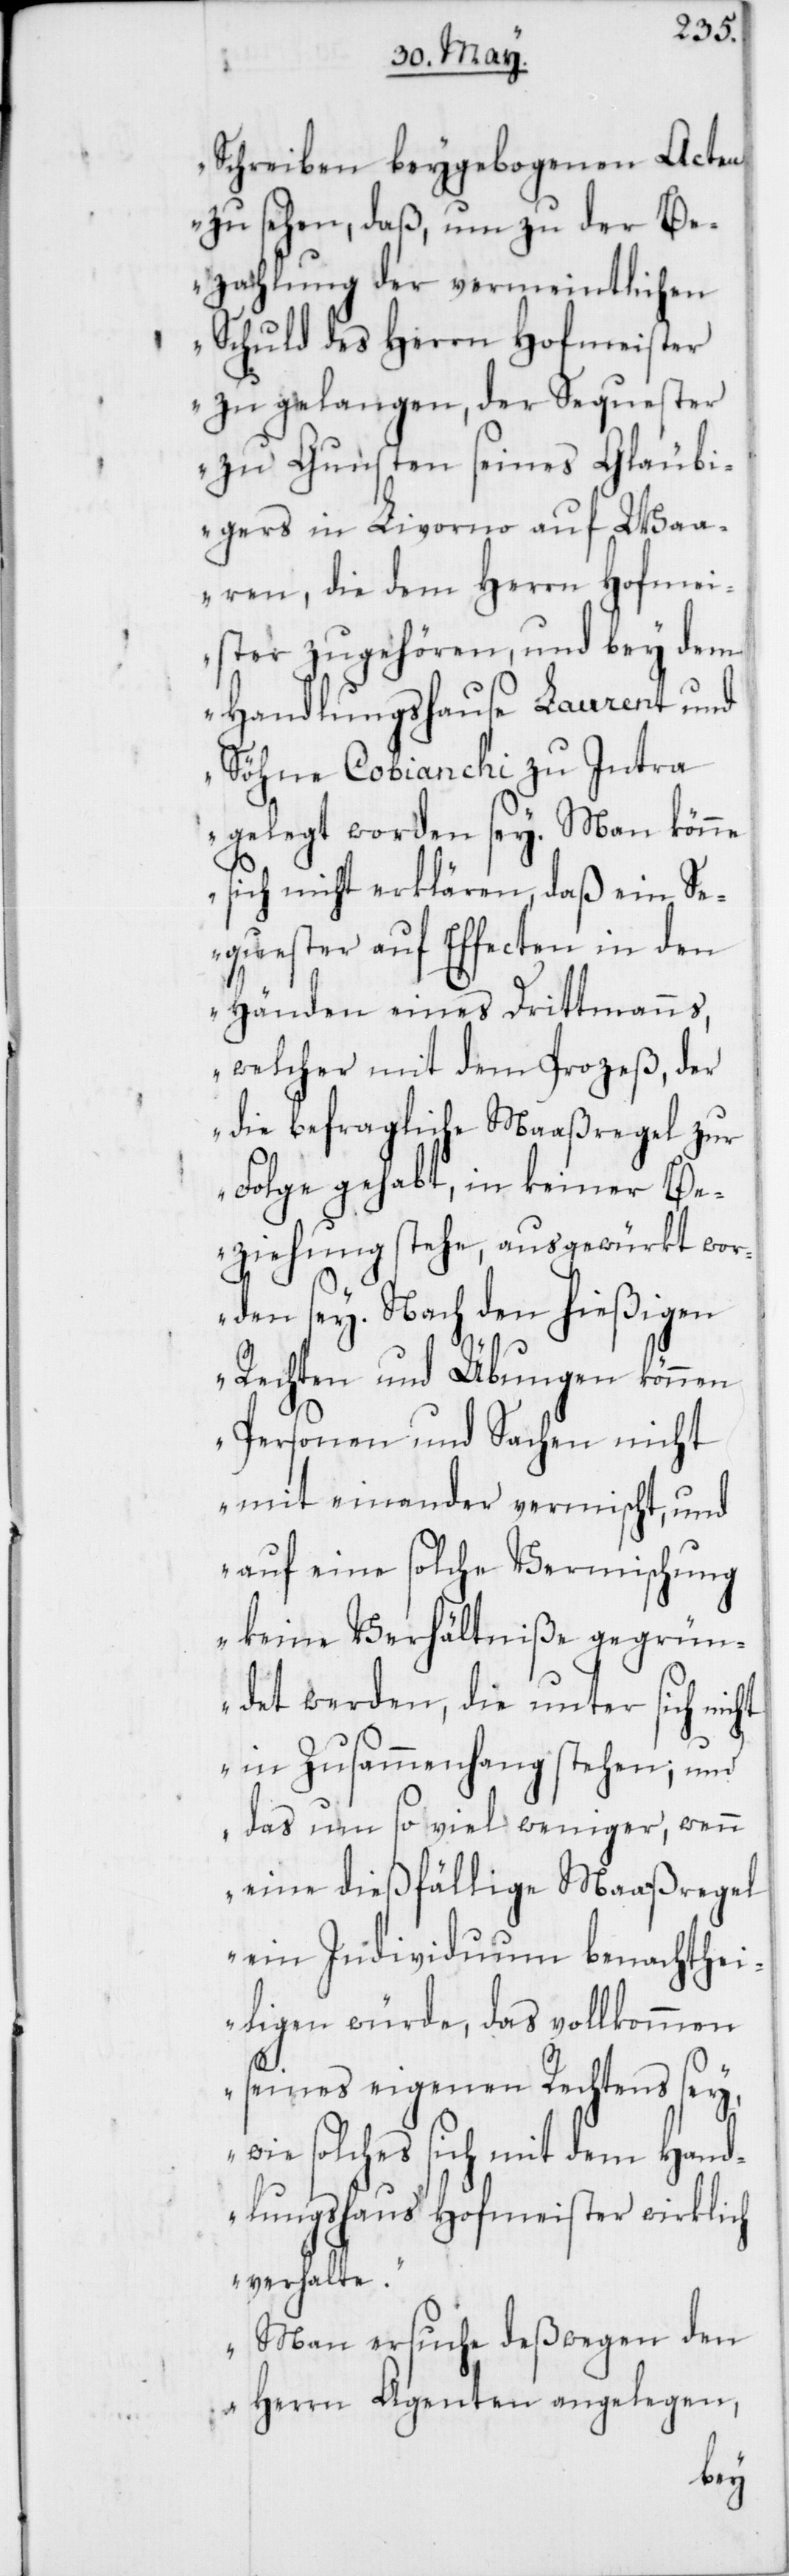
Schreiben beygebogenen Acten
zu sehen, daß, um zu der Be¬
zahlung der vermeintlichen
Schuld des Herrn Hofmeister
zu gelangen, der Sequester
zu Gunsten seines Gläubi¬
gers in Livorno auf Waa¬
ren, die dem Herrn Hofmei¬
ster zugehören, und bey dem
Handlungshause Laurent und
Söhne Cobianchi zu Intra
gelegt worden sey. Man könne
sich nicht erklären, daß ein Se¬
quester auf Effecten in den
Händen eines Drittmanns,
welcher mit dem Prozeß, der
die befragliche Maaßregel zur
Folge gehabt, in keiner Be¬
ziehung stehe, ausgewürkt wo¬
rden sey. Nach den hießigen
Rechten und Übungen können
Personen und Sachen nicht
mit einander vermischt, und
auf eine solche Vermischung
keine Verhältniße gegrün¬
det werden, die unter sich nicht
in Zusammenhang stehen; und
das um so viel weniger, wenn
eine dießfällige Maaßregel
ein Inidividuum benachthe¬
iligen würde, das vollkommen
seines eigenen Rechtens sey,
wie solches sich mit dem Hand¬
lungshaus Hofmeister wirklich
verhalte.
Man ersuche deßwegen den
Herrn Agenten angelegen,